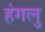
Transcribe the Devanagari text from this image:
हंगलु